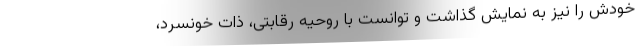
خودش را نیز به نمایش گذاشت و توانست با روحیه رقابتی، ذات خونسرد،